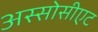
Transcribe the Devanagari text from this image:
अस्सोसीएट